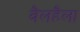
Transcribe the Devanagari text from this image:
वैलहैला